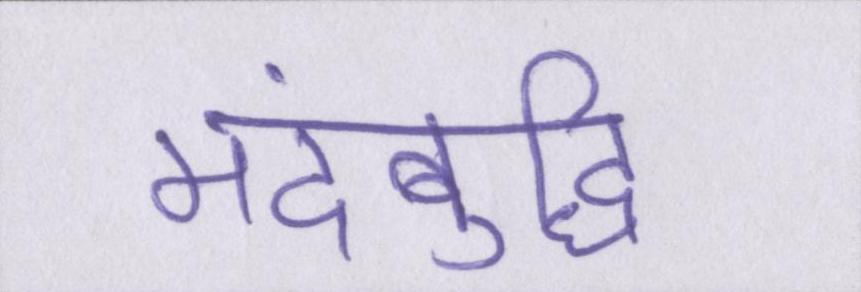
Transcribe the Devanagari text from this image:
मंदबुद्धि